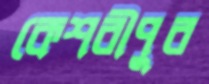
কেশরীপুর